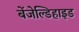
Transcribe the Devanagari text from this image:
बेंजेल्डिहाइड